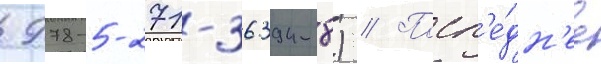
 978-5-271-36394-8) // Посл'е́дн'ее